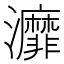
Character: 灖